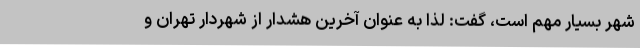
شهر بسیار مهم است، گفت: لذا به عنوان آخرین هشدار از شهردار تهران و